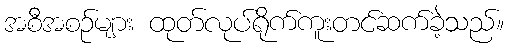
အစီအစဉ်များ ထုတ်လုပ်ရိုက်ကူးတင်ဆက်ခဲ့သည်။